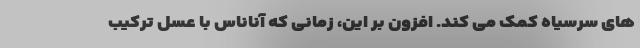
های سرسیاه کمک می کند. افزون بر این، زمانی که آناناس با عسل ترکیب